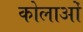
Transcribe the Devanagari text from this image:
कोलाओं